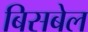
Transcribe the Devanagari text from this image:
बिसबेल